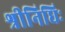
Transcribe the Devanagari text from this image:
श्रीनिधिः